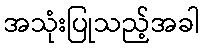
အသုံးပြုသည့်အခါ